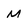
Character: M